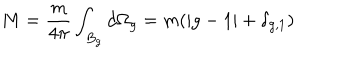
LaTeX: M = \frac { m } { 4 \pi } \int _ { B _ { g } } d \Omega _ { g } = m ( | g - 1 | + \delta _ { g , 1 } )